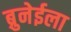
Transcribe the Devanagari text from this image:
ब्रुनेईला